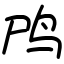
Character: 鸤